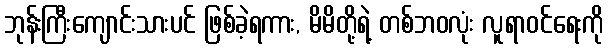
ဘုန်းကြီးကျောင်းသားပင် ဖြစ်ခဲ့ရကား, မိမိတို့ရဲ့ တစ်ဘဝလုံး လူရာဝင်ရေးကို